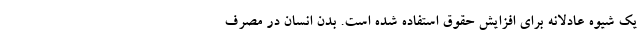
یک شیوه عادلانه برای افزایش حقوق استفاده شده است. بدن انسان در مصرف